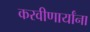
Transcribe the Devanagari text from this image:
करवीणार्यांना